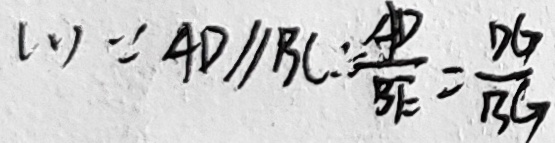
( 1 ) \because A D \vert \vert B C \therefore \frac { A D } { B E } = \frac { D G } { B G }